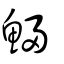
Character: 鯞